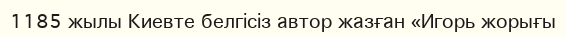
1185 жылы Киевте белгісіз автор жазған «Игорь жорығы